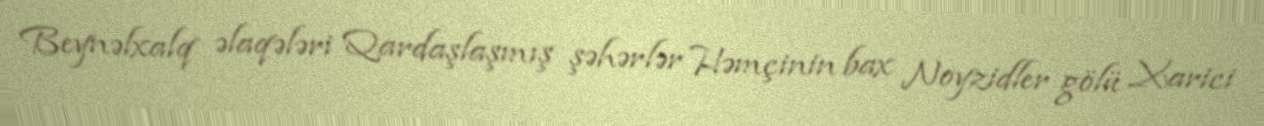
Beynəlxalq əlaqələri Qardaşlaşmış şəhərlər Həmçinin bax Noyzidler gölü Xarici